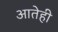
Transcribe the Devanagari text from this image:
आतेही